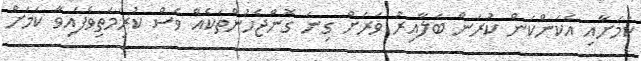
ކަމަށާއި އެކަންކަން ކުރަން ބަލާއިރު ވަރަށް ގިނަ ގޮންޖެހުންތަކެއް ވެސް ކުރިމަތިވެފައިވާ ކަމަށް